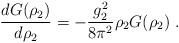
\begin{align*}\frac{d G(\rho_2)}{d \rho_2} = - \frac{g_2^2}{8 \pi^2} \rho_2 G(\rho_2)~.\end{align*}